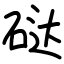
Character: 鿎